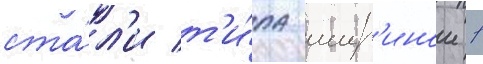
ста́л'и т'и́па шир'инои 1